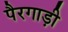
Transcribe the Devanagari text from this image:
पैरगाड़ी